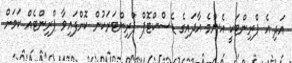
އަދި އެ ޕްރިންޓަކީ އެންމެ އާދައިގެ ޑެސްކްޓޮޕް ޕްރިންޓަރަކުން ކޮށްފައިވާ ޕްރިންޓެއް ކަމަށް